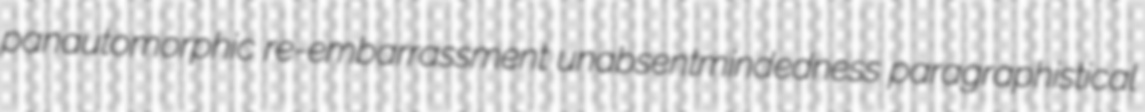
panautomorphic re-embarrassment unabsentmindedness paragraphistical